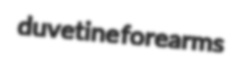
duvetine forearms